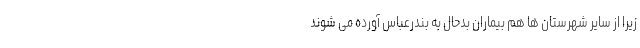
زیرا از سایر شهرستان ها هم بیماران بدحال به بندرعباس آورده می شوند